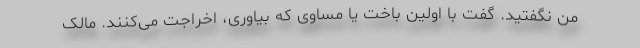
من نگفتید. گفت با اولین باخت یا مساوی که بیاوری، اخراجت می‌کنند. مالک